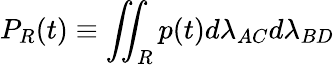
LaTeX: P_{R}(t)\equiv\iint_{R}p(t)d\lambda_{AC}d\lambda_{BD}